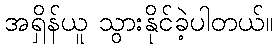
အရှိန်ယူ သွားနိုင်ခဲ့ပါတယ်။